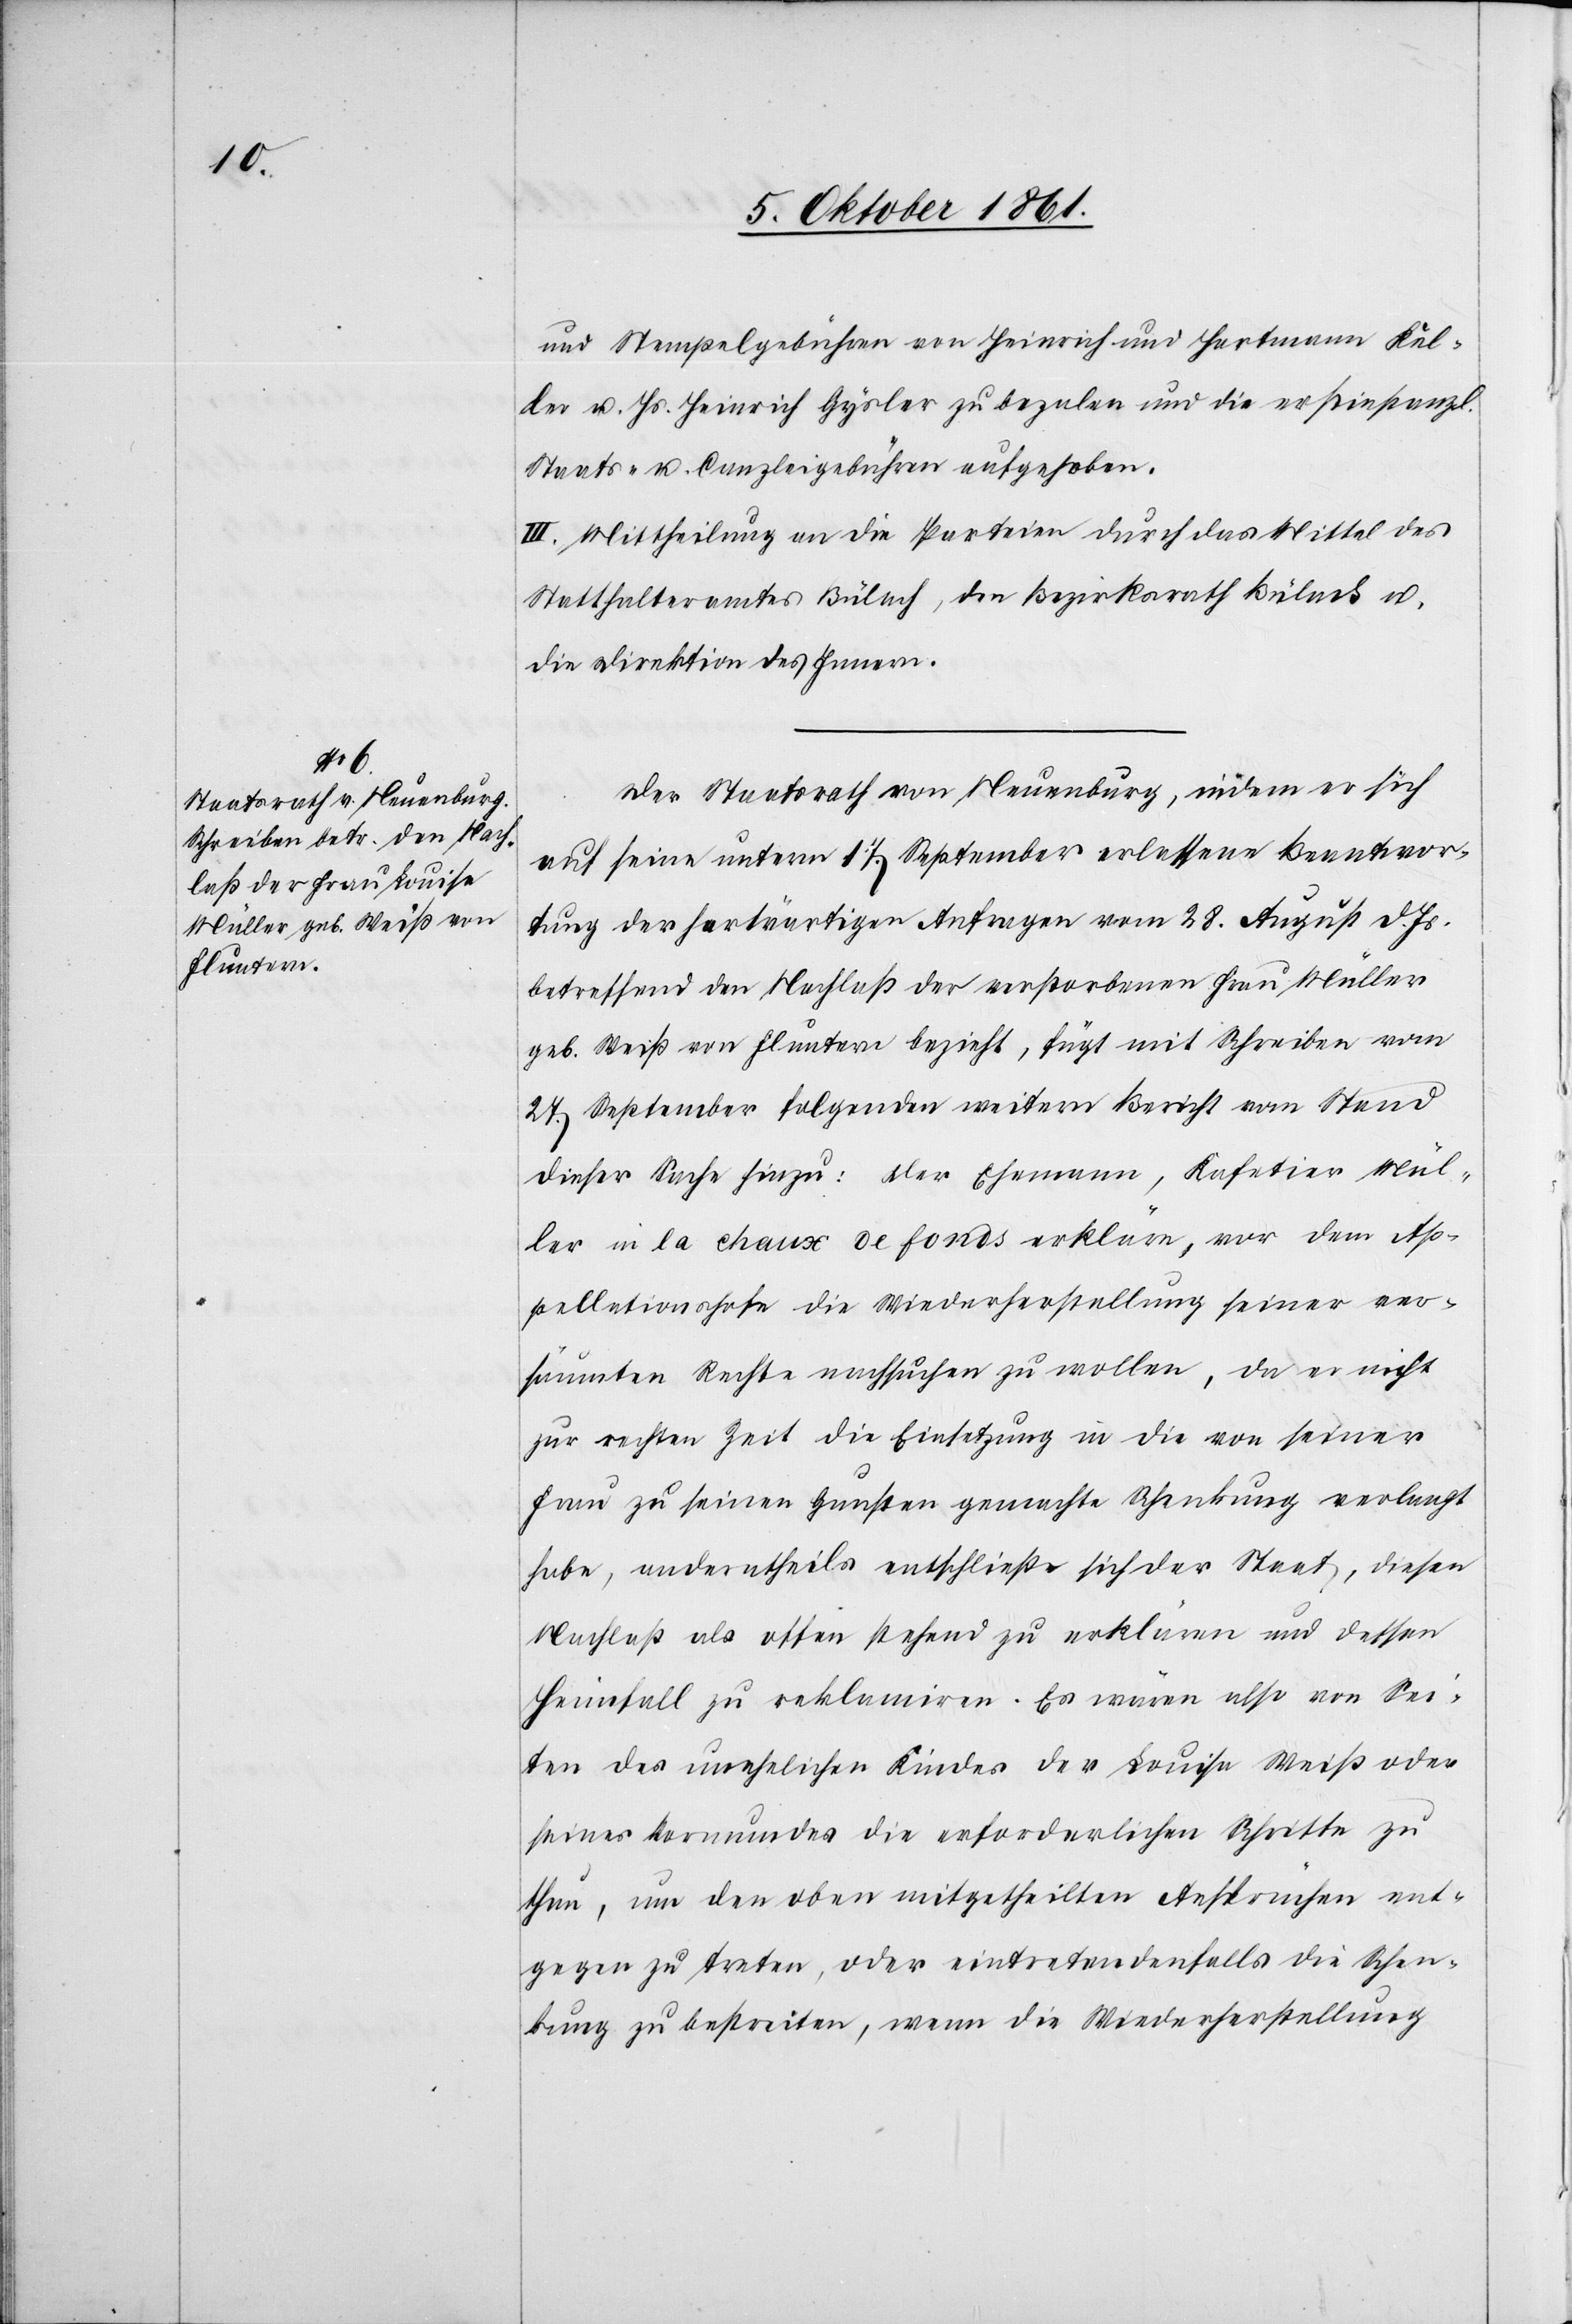
und Stempelgebühren von Heinrich und Hartmann Kel¬
ler u. Hs. Heinrich Gysler zu bezalen und die erstinstanzl.
Staats- u. Canzleigebühren aufgehoben.
III. Mittheilung an die Parteien durch das Mittel des
Statthalteramtes Bülach, den Bezirksrath Bülach u.
die Direktion des Innern.
Der Staatsrath von Neuenburg, indem er sich
auf seine unterm 17 September erlassene Beantwor¬
tung der herwärtigen Anfragen vom 28 August d. Js.
betreffend den Nachlaß der verstorbenen Frau Müller
geb. Weiß von Fluntern bezieht, fügt mit Schreiben vom
27 September folgenden weitern Bericht von Stand
dieser Sache hinzu: Der Ehemann, Kafetier Mül¬
ler in la chaux de fonds erkläre, vor dem Ap¬
pellationshofe die Wiederherstellung seiner ver¬
säumten Rechte nachsuchen zu wollen, da er nicht
zur rechten Zeit die Einsetzung in die von seiner
Frau zu seinen Gunsten gemachte Schenkung verlangt
habe, anderntheils entschließe sich der Staat, diesen
Nachlaß als allein stehend zu erklären und dessen
Heimfall zu reklamiren. Es wären also von Sei¬
ten des unehelichen Kindes der Louise Weiß oder
seines Vormundes die erforderlichen Schritte zu
thun, um den oben mitgetheilten Ansprüchen ent¬
gegen zu treten, oder eintretendenfalls die Schen¬
kung zu bestreiten, wenn die Wiederherstellung